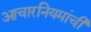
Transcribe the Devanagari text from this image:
आचारनियमांची